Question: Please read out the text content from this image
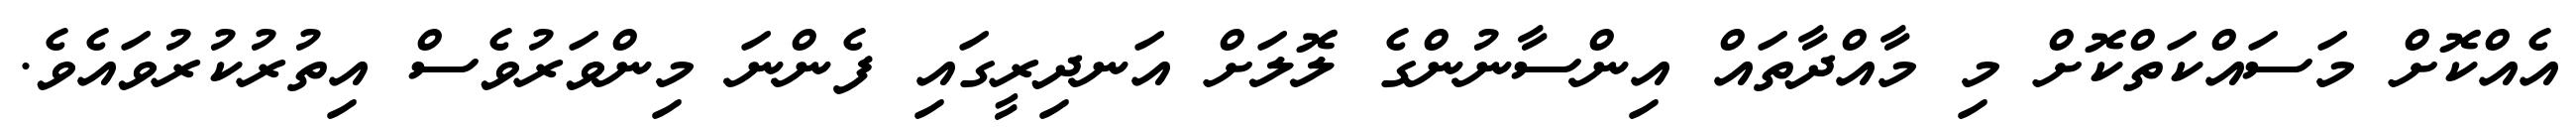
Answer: އެއްކޮށް މަސައްކަތްކޮށް މި މާއްދާތައް އިންސާނުންގެ ލޮލަށް އަނދިރީގައި ފެންނަ މިންވަރުވެސް އިތުރުކުރުވައެވެ.